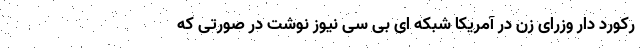
رکورد دار وزرای زن در آمریکا شبکه ای بی سی نیوز نوشت در صورتی که